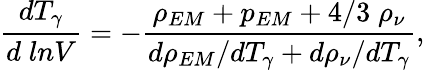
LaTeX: \frac{dT_{\gamma}}{d\; lnV}=-\frac{\rho_{EM}+p_{EM}+4/3\; \rho_{\nu}}{d\rho_{EM}/dT_{\gamma}+d\rho_{\nu}/dT_{\gamma}},